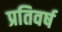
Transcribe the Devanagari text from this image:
प्रतिवर्ष